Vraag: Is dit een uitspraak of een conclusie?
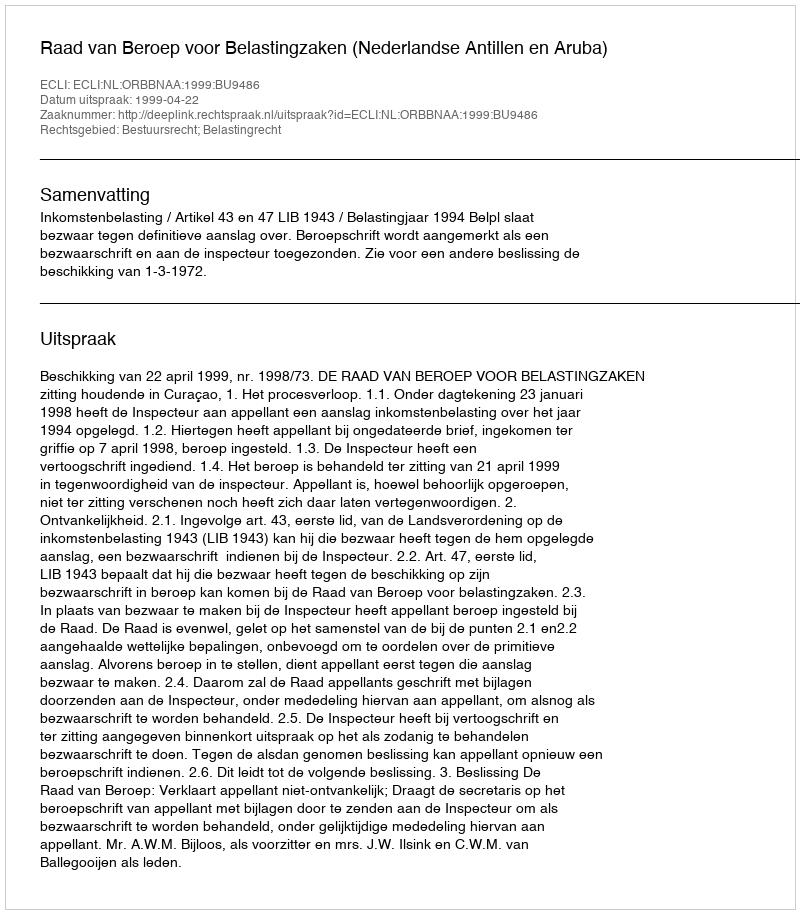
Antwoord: Uitspraak